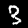
Label: 3